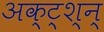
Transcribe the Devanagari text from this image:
अक्ट्श्न्